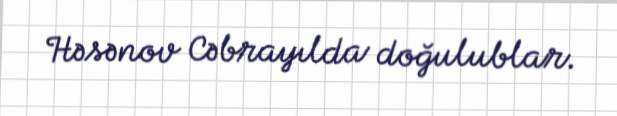
Həsənov Cəbrayılda doğulublar.